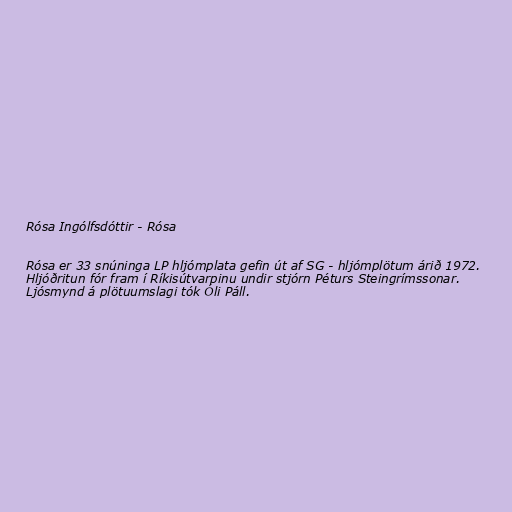
Rósa Ingólfsdóttir - Rósa

Rósa er 33 snúninga LP hljómplata gefin út af SG - hljómplötum árið 1972.
Hljóðritun fór fram í Ríkisútvarpinu undir stjórn Péturs Steingrímssonar.
Ljósmynd á plötuumslagi tók Óli Páll.